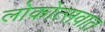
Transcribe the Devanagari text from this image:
लोकोत्सवात